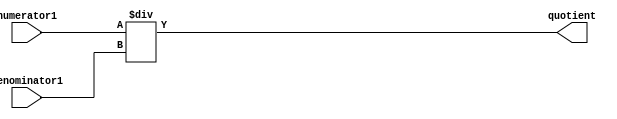
module fractional_divider(
    input [7:0] numerator1,
    input [7:0] denominator1,
    output reg [15:0] quotient
);

reg [15:0] numerator;
reg [15:0] denominator;

// Convert input fractions to binary form
always @* begin
    numerator = {8'b0, numerator1};
    denominator = {8'b0, denominator1};
end

// Perform division operation
always @* begin
    quotient = numerator / denominator;
end

endmodule